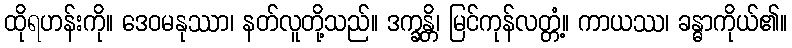
ထိုရဟန်းကို။ ဒေဝမနုဿာ၊ နတ်လူတို့သည်။ ဒက္ခန္တိ၊ မြင်ကုန်လတ္တံ့။ ကာယဿ၊ ခန္ဓာကိုယ်၏။